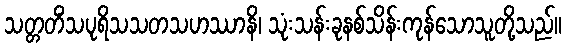
သတ္တတိံသပုရိသသတသဟဿာနိ၊ သုံးသန်းခုနစ်သိန်းကုန်သောသူတို့သည်။